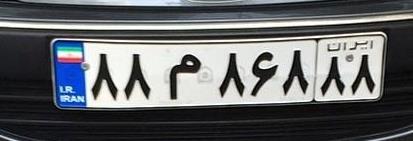
۸۸م۸۶۸۸۸